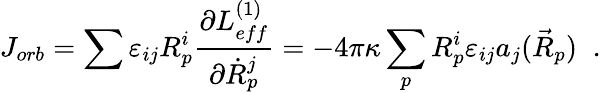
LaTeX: J_{orb}=\sum\varepsilon_{ij}R_{p}^{i}\frac{\partial L_{eff}^{(1)}}{\partial\dot{R}_{p}^{j}}=-4\pi\kappa\sum_{p}R_{p}^{i}\varepsilon_{ij}a_{j}(\vec{R}_{p})\; \; .